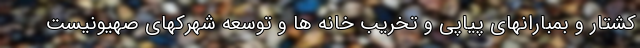
کشتار و بمبارانهای پیاپی و تخریب خانه ها و توسعه شهرکهای صهیونیست